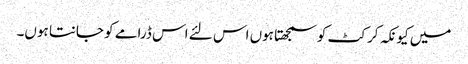
میں کیونکہ کرکٹ کو سمجھتا ہوں اس لئے اس ڈرامے کو جانتا ہوں۔